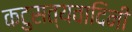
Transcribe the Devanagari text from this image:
कटुसत्यवादिनी